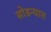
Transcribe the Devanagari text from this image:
सोडन्यात